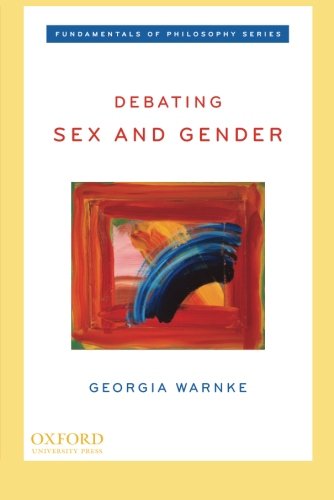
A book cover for Debating Sex and Gender (Fundamentals of Philosophy Series); Georgia Warnke; Gay & Lesbian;